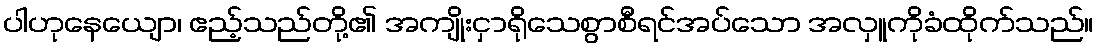
ပါဟုနေယျော၊ ဧည့်သည်တို့၏ အကျိုးငှာရိုသေစွာစီရင်အပ်သော အလှူကိုခံထိုက်သည်။